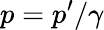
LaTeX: p=p^{\prime}/\gamma